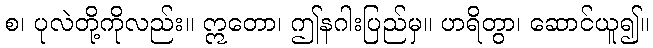
စ၊ ပုလဲတို့ကိုလည်း။ ဣတော၊ ဤနဂါးပြည်မှ။ ဟရိတွာ၊ ဆောင်ယူ၍။